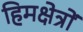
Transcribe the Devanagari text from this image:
हिमक्षेत्रों